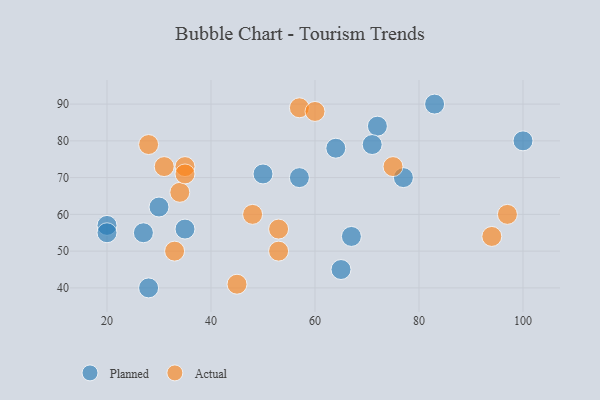
{"axis": {"x": "GDP", "y": "Life Expectancy"}, "legend": ["Actual", "Planned"], "data": [{"x": "50", "y": 71, "type": "Planned"}, {"x": "65", "y": 45, "type": "Planned"}, {"x": "72", "y": 84, "type": "Planned"}, {"x": "57", "y": 70, "type": "Planned"}, {"x": "64", "y": 78, "type": "Planned"}, {"x": "20", "y": 57, "type": "Planned"}, {"x": "77", "y": 70, "type": "Planned"}, {"x": "83", "y": 90, "type": "Planned"}, {"x": "71", "y": 79, "type": "Planned"}, {"x": "100", "y": 80, "type": "Planned"}, {"x": "30", "y": 62, "type": "Planned"}, {"x": "27", "y": 55, "type": "Planned"}, {"x": "35", "y": 56, "type": "Planned"}, {"x": "67", "y": 54, "type": "Planned"}, {"x": "28", "y": 40, "type": "Planned"}, {"x": "20", "y": 55, "type": "Planned"}, {"x": "75", "y": 73, "type": "Actual"}, {"x": "57", "y": 89, "type": "Actual"}, {"x": "94", "y": 54, "type": "Actual"}, {"x": "60", "y": 88, "type": "Actual"}, {"x": "48", "y": 60, "type": "Actual"}, {"x": "33", "y": 50, "type": "Actual"}, {"x": "53", "y": 50, "type": "Actual"}, {"x": "45", "y": 41, "type": "Actual"}, {"x": "34", "y": 66, "type": "Actual"}, {"x": "31", "y": 73, "type": "Actual"}, {"x": "35", "y": 73, "type": "Actual"}, {"x": "53", "y": 56, "type": "Actual"}, {"x": "35", "y": 71, "type": "Actual"}, {"x": "97", "y": 60, "type": "Actual"}, {"x": "28", "y": 79, "type": "Actual"}]}